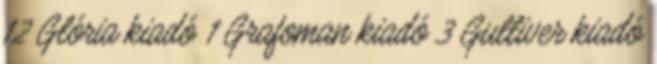
12 Glória kiadó 1 Grafoman kiadó 3 Gulliver kiadó